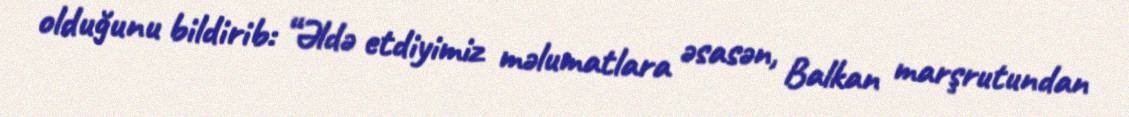
olduğunu bildirib: “Əldə etdiyimiz məlumatlara əsasən, Balkan marşrutundan